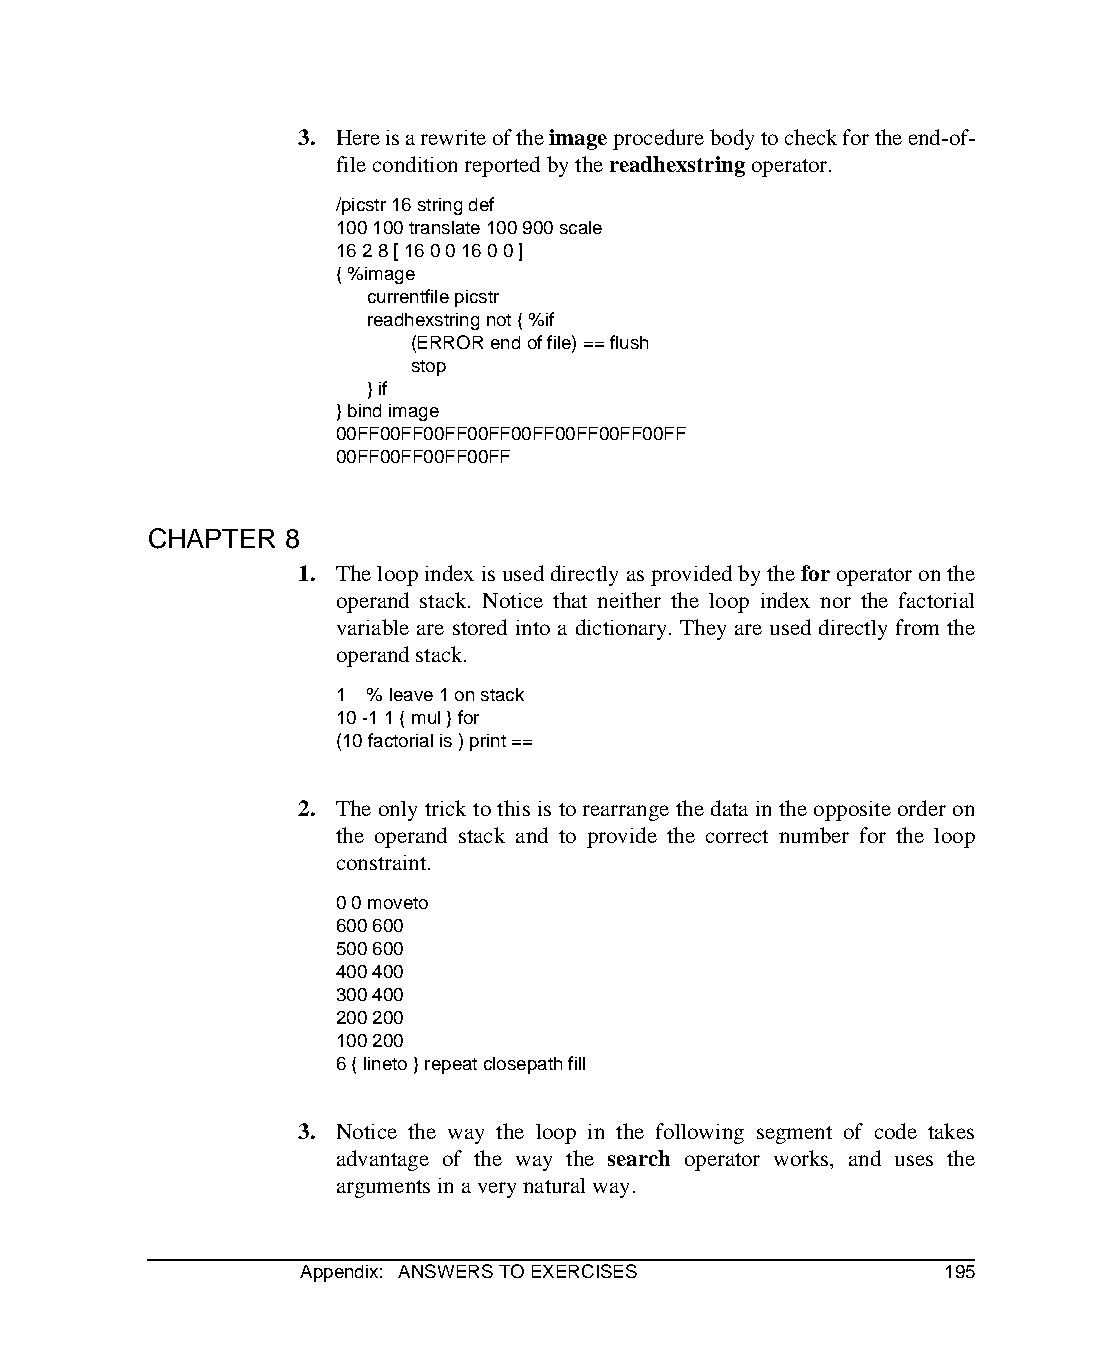
3. Here is a rewrite of the image procedure body to check for the end-of-
 file condition reported by the readhexstring operator.
 /picstr 16 string def
 100 100 translate 100 900 scale
 16 2 8 [ 16 0 0 16 0 0 ]
 { %image
 currentfile picstr
 readhexstring not { %if
 (ERROR end of file) == flush
 stop
 } if
 } bind image
 00FF00FF00FF00FF00FF00FF00FF00FF
 00FF00FF00FF00FF
 CHAPTER   8
 1. The loop index is used directly as provided by the for operator on the
 operand stack. Notice that neither the loop index nor the factorial
 variable are stored into a dictionary. They are used directly from the
 operand stack.
 1 % leave 1 on stack
 10 -1 1 { mul } for
 (10 factorial is ) print ==
 2. The only trick to this is to rearrange the data in the opposite order on
 the operand stack and to provide the correct number for the loop
 constraint.
 0 0 moveto
 600 600
 500 600
 400 400
 300 400
 200 200
 100 200
 6 { lineto } repeat closepath fill
 3. Notice the way the loop in the following segment of code takes
 advantage of the way the search operator works, and uses the
 arguments in a very natural way.
 Appendix: ANSWERS TO EXERCISES            195